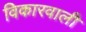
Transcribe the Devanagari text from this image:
विकारवाली